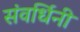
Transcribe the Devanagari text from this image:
संवर्धिनी